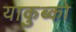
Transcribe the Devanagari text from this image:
याकुब्को